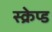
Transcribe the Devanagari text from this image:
स्क्रेप्ड